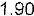
1.90